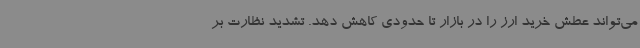
می‌تواند عطش خرید ارز را در بازار تا حدودی کاهش دهد. تشدید نظارت بر